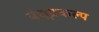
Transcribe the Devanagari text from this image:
बंधूप्रकल्प